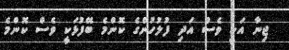
ޖިނާ އަކީ ވެސް އަދި ފުލުހުންގެ ކޮންމެ ބޭފުޅަކީ ވެސް ކޮންމެ